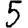
Digit: 5